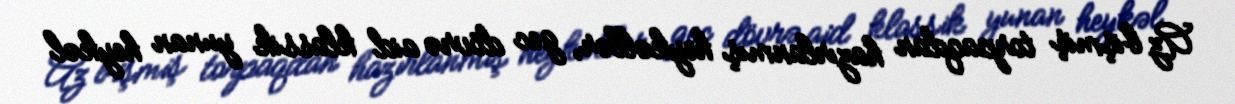
Az bişmiş torpaqdan hazırlanmış heykəllər, gec dövrə aid klassik yunan heykəl